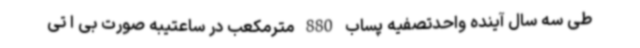
طی سه سال آینده واحدتصفیه پساب 880 مترمکعب در ساعتیبه صورت بی ا تی